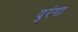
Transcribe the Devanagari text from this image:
दुरंगा